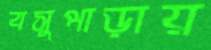
বসুপাড়ায়